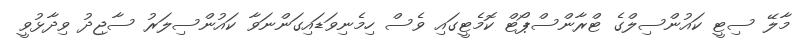
މާލޭ ސިޓީ ކައުންސިލްގެ ޓްރާންސްޕޯޓް ކޮމެޓީގައި ވެސް ހިމެނިވަޑައިގަންނަވާ ކައުންސިލަރު ސާޖިދު ވިދާޅުވީ